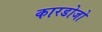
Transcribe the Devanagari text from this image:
कारडोजो